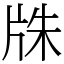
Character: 㸡